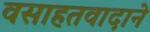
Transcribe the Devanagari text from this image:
वसाहतवादाने